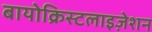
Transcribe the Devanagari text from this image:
बायोक्रिस्टलाइज़ेशन